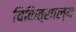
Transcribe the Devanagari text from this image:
चिकित्साल्य